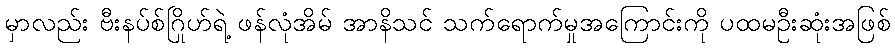
မှာလည်း ဗီးနပ်စ်ဂြိုဟ်ရဲ့ ဖန်လုံအိမ် အာနိသင် သက်ရောက်မှုအကြောင်းကို ပထမဦးဆုံးအဖြစ်